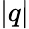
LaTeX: |q|